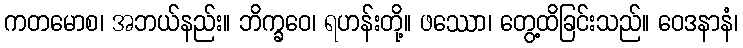
ကတမောစ၊ အဘယ်နည်း။ ဘိက္ခဝေ၊ ရဟန်းတို့။ ဖဿော၊ တွေ့ထိခြင်းသည်။ ဝေဒနာနံ၊